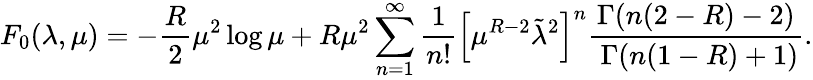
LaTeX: F_{0}(\lambda,\mu)=-{\frac{R}{2}}\mu^{2}\log\mu+R\mu^{2}\sum_{n=1}^{\infty}{\frac{1}{n!}}\left[\mu^{R-2}\tilde{\lambda}^{2}\right]^{n}{\frac{\Gamma(n(2-R)-2)}{\ \Gamma(n(1-R)+1)}}.